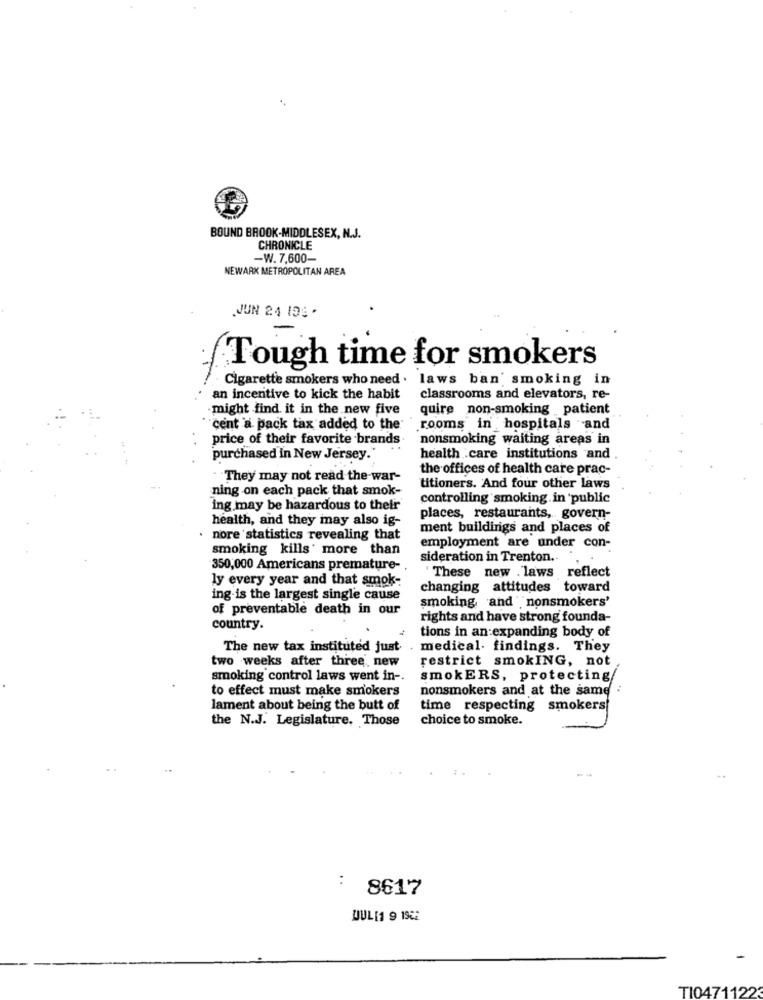
BOUND BROOK-MIDDLESEX, N.J.
CHRONICLE
-W. 7,600-
NEWARK METROPOLITAN AREA
JUN 24 103 .
Tough time for smokers
Cigarette smokers who need . laws ban smoking in
an incentive to kick the habit
classrooms and elevators, re-
.might find it in the new five
quire non-smoking patient
"cent a pack tax added to the
.rooms in hospitals and
price of their favorite brands
nonsmoking waiting areas in
purchased in New Jersey.'
health care institutions and
the offices of health care prac-
They may not read the war-
ning on each pack that smok-
titioners. And four other laws
controlling smoking in public
ing may be hazardous to their
health, and they may also ig-
places, restaurants, govern-
ment buildings and places of
nore statistics revealing that
smoking kills' more than
employment are under con-
sideration in Trenton ..
350,000 Americans premature-
ly every year and that smok-
These new . laws reflect
changing attitudes toward
ing-is the largest single cause
smoking, and ,nonsmokers'
of preventable death in our
rights and have strong founda-
country.
tions in an expanding body of
The new tax instituted just
medical. findings. They
two weeks after three, new
restrict smokING, not
smoking control laws went in -.
smokERS, protecting
to effect must make smokers
nonsmokers and at the same :
lament about being the butt of
time respecting smokers
the N.J. Legislature. Those
choice to smoke.
: 8617
JUL [1 9 1952
TI0471122